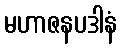
မဟာဇနပဒါနံ